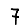
Digit: 7